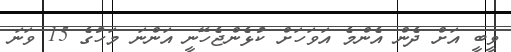
ވީބީ އަށް ދެން އެންމެ އަވަހަށް ކުޅެންޖެހޭނީ އަންނަ މަހުގެ 15 ވަނަ